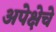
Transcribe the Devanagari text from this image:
अपेक्षेचे